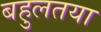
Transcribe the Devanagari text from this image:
बहुलतया